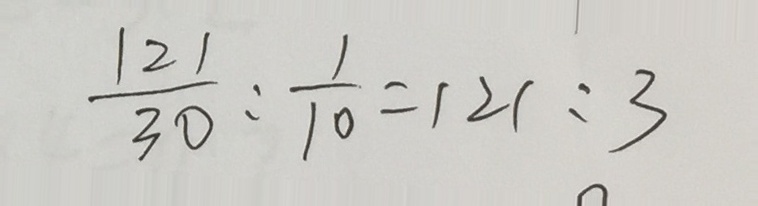
\frac { 1 2 1 } { 3 0 } : \frac { 1 } { 1 0 } = 1 2 1 : 3